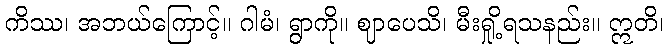
ကိဿ၊ အဘယ်ကြောင့်။ ဂါမံ၊ ရွာကို။ ဈာပေသိ၊ မီးရှို့ရသနည်း။ ဣတိ၊